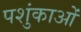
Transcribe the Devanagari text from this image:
पशुंकाओं